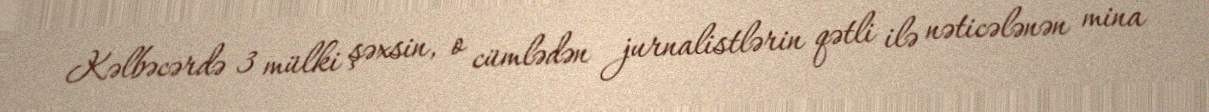
Kəlbəcərdə 3 mülki şəxsin, o cümlədən jurnalistlərin qətli ilə nəticələnən mina